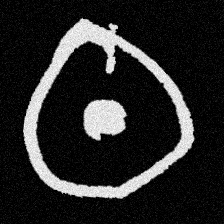
Pyu character \u2014 Myanmar letter: ထ (romanized: tha)